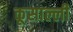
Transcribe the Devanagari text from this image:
कूसाल्ली